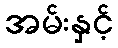
အမ်းနှင့်